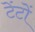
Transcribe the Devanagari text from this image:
टेंटों